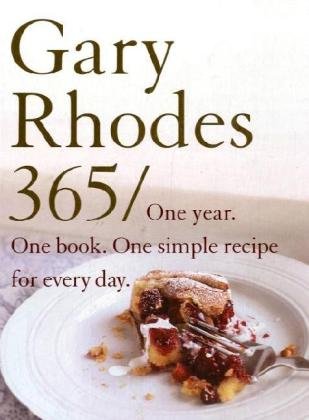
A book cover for Rhodes 365: One Year One Book A Simple Recipe For Every Day; Gary Rhodes; Cookbooks, Food & Wine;